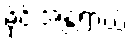
မိုင်းအန္တရာယ်